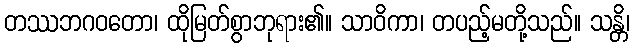
တဿဘဂဝတော၊ ထိုမြတ်စွာဘုရား၏။ သာဝိကာ၊ တပည့်မတို့သည်။ သန္တိ၊